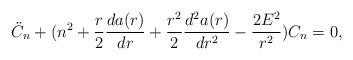
LaTeX: \begin{align*}\ddot{C}_{n}+(n^2+\frac{r}{2}\frac{da(r)}{dr}+\frac{r^2}{2}\frac{d^2a(r)}{dr^2}-\frac{2E^2}{r^2})C_n=0,\end{align*}